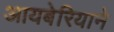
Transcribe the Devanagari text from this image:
आयबेरियाने